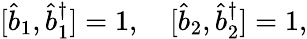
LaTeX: \lbrack\hat{b}_{1},\hat{b}_{1}^{\dagger}]=1,\quad\lbrack\hat{b}_{2},\hat{b}_{2}^{\dagger}]=1,